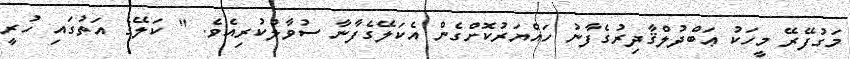
މަގުފޭރޭ މީހަކު ޢަބްދުލްޤާދިރުގެފާނު ހައްޔަރުކޮށްގެން އެކަލޭގެފާނާ ސުވާލުކުރިއެވެ. " ކަލޭގެ އަތުގައި ހުރީ